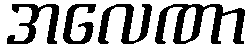
အလေဏာ